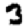
Digit: 3